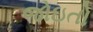
જોઇતો